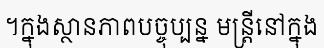
។ក្នុងស្ថានភាពបច្ចុប្បន្ន មន្ត្រីនៅក្នុង